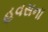
હવસના